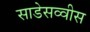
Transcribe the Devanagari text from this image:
साडेसव्वीस